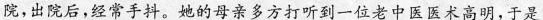
院，出院后，经常手抖。她的母亲多方打听到一位老中医医术高明，于是